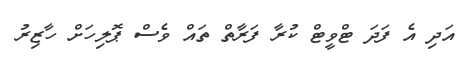
އަދި އެ ފަދަ ޓްވީޓް ކުރާ ފަރާތް ތައް ވެސް ޕޮލިހަށް ހާޒިރު